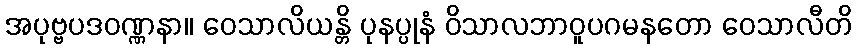
အပုဗ္ဗပဒဝဏ္ဏနာ။ ဝေသာလိယန္တိ ပုနပ္ပုနံ ဝိသာလဘာဝူပဂမနတော ဝေသာလီတိ